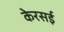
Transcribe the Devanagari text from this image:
केरसई